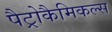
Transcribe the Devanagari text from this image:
पैट्रोकैमिकल्स